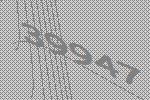
39947